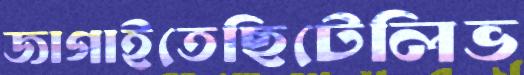
জাগাইতেছিটেলিভ